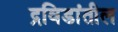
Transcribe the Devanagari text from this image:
द्रविडांतील